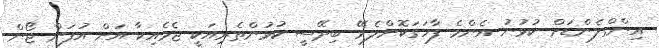
އިންގްލެންޑަށް ކުޅުނު އެންމެ ފާހަގަކޮށްލެވޭ ބިދޭސީ ކުޅުންތެރިއަކީ ޖެމެއިކާ އަށް އުފަން ޖޯން